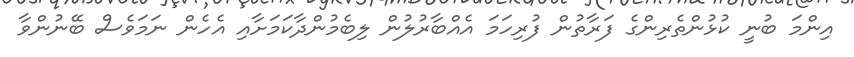
އިންމަ ބުނީ ކުޅުންތެރިންގެ ފަރާތުން ފުރިހަމަ އެއްބާރުލުން ލިބެމުންދާކަމަށާއި އެހެން ނަމަވެސް ބޭނުންވާ